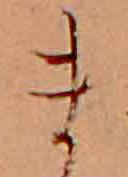
ま